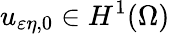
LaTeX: u_{\varepsilon\eta,0}\in H^{1}(\Omega)